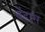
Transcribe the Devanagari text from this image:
बेंडास